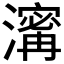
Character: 𤀑